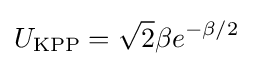
U_{\text{KPP}}={\sqrt {2}}\beta e^{-\beta /2}